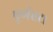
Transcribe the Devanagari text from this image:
पूर्णघट।